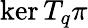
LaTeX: \ker T_{q}\pi